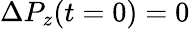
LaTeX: \Delta P_{z}(t=0)=0